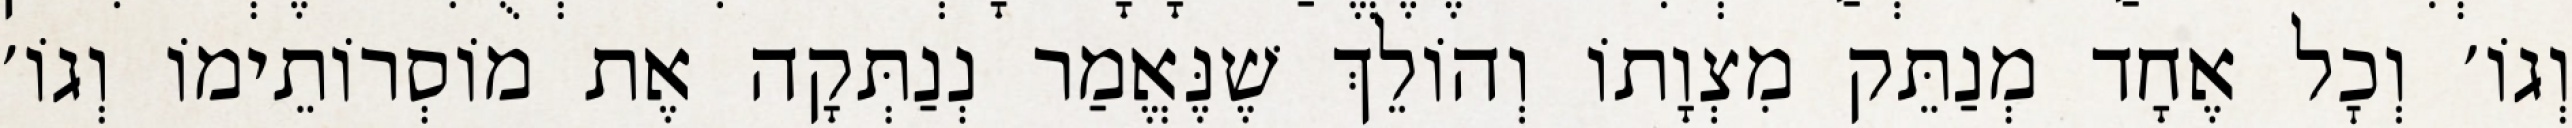
וְגוֹ׳ וְכׇל אֶחָד מְנַתֵּק מִצְוָתוֹ וְהוֹלֵךְ שֶׁנֶּאֱמַר נְנַתְּקָה אֶת מוֹסְרוֹתֵימוֹ וְגוֹ׳